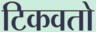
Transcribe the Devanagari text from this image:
टिकवतो